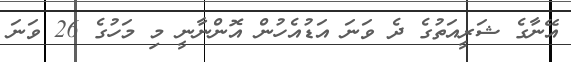
އޭނާގެ ޝަރީއަތުގެ ދެ ވަނަ އަޑުއެހުން އޮންނާނީ މި މަހުގެ 26 ވަނަ